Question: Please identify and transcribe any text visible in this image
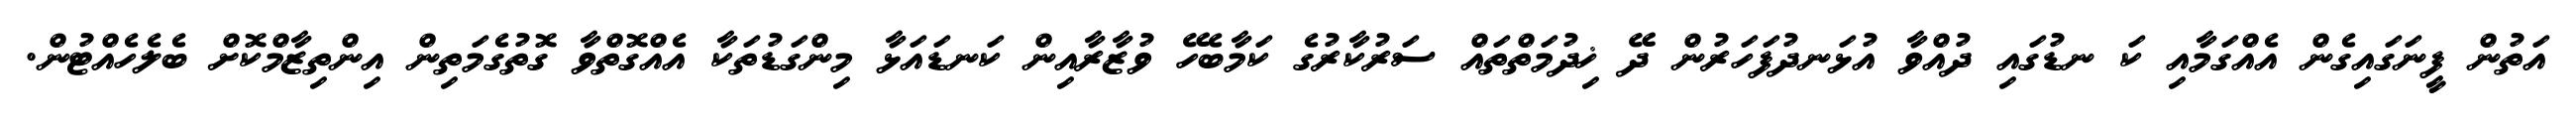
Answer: އަތުން ފީނަގައިގެން އެއްގަމާއި ކަ ނޑުގައި ދުއްވާ އުޅަނދުފަހަރުން ދޭ ޚިދުމަތްތައް ސަރުކާރުގެ ކަމާބެހޭ ވުޒާރާއިން ކަނޑައަޅާ މިންގަޑުތަކާ އެއްގޮތްވާ ގޮތުގެމަތިން އިންތިޒާމްކޮށް ބެލެހެއްޓުން.